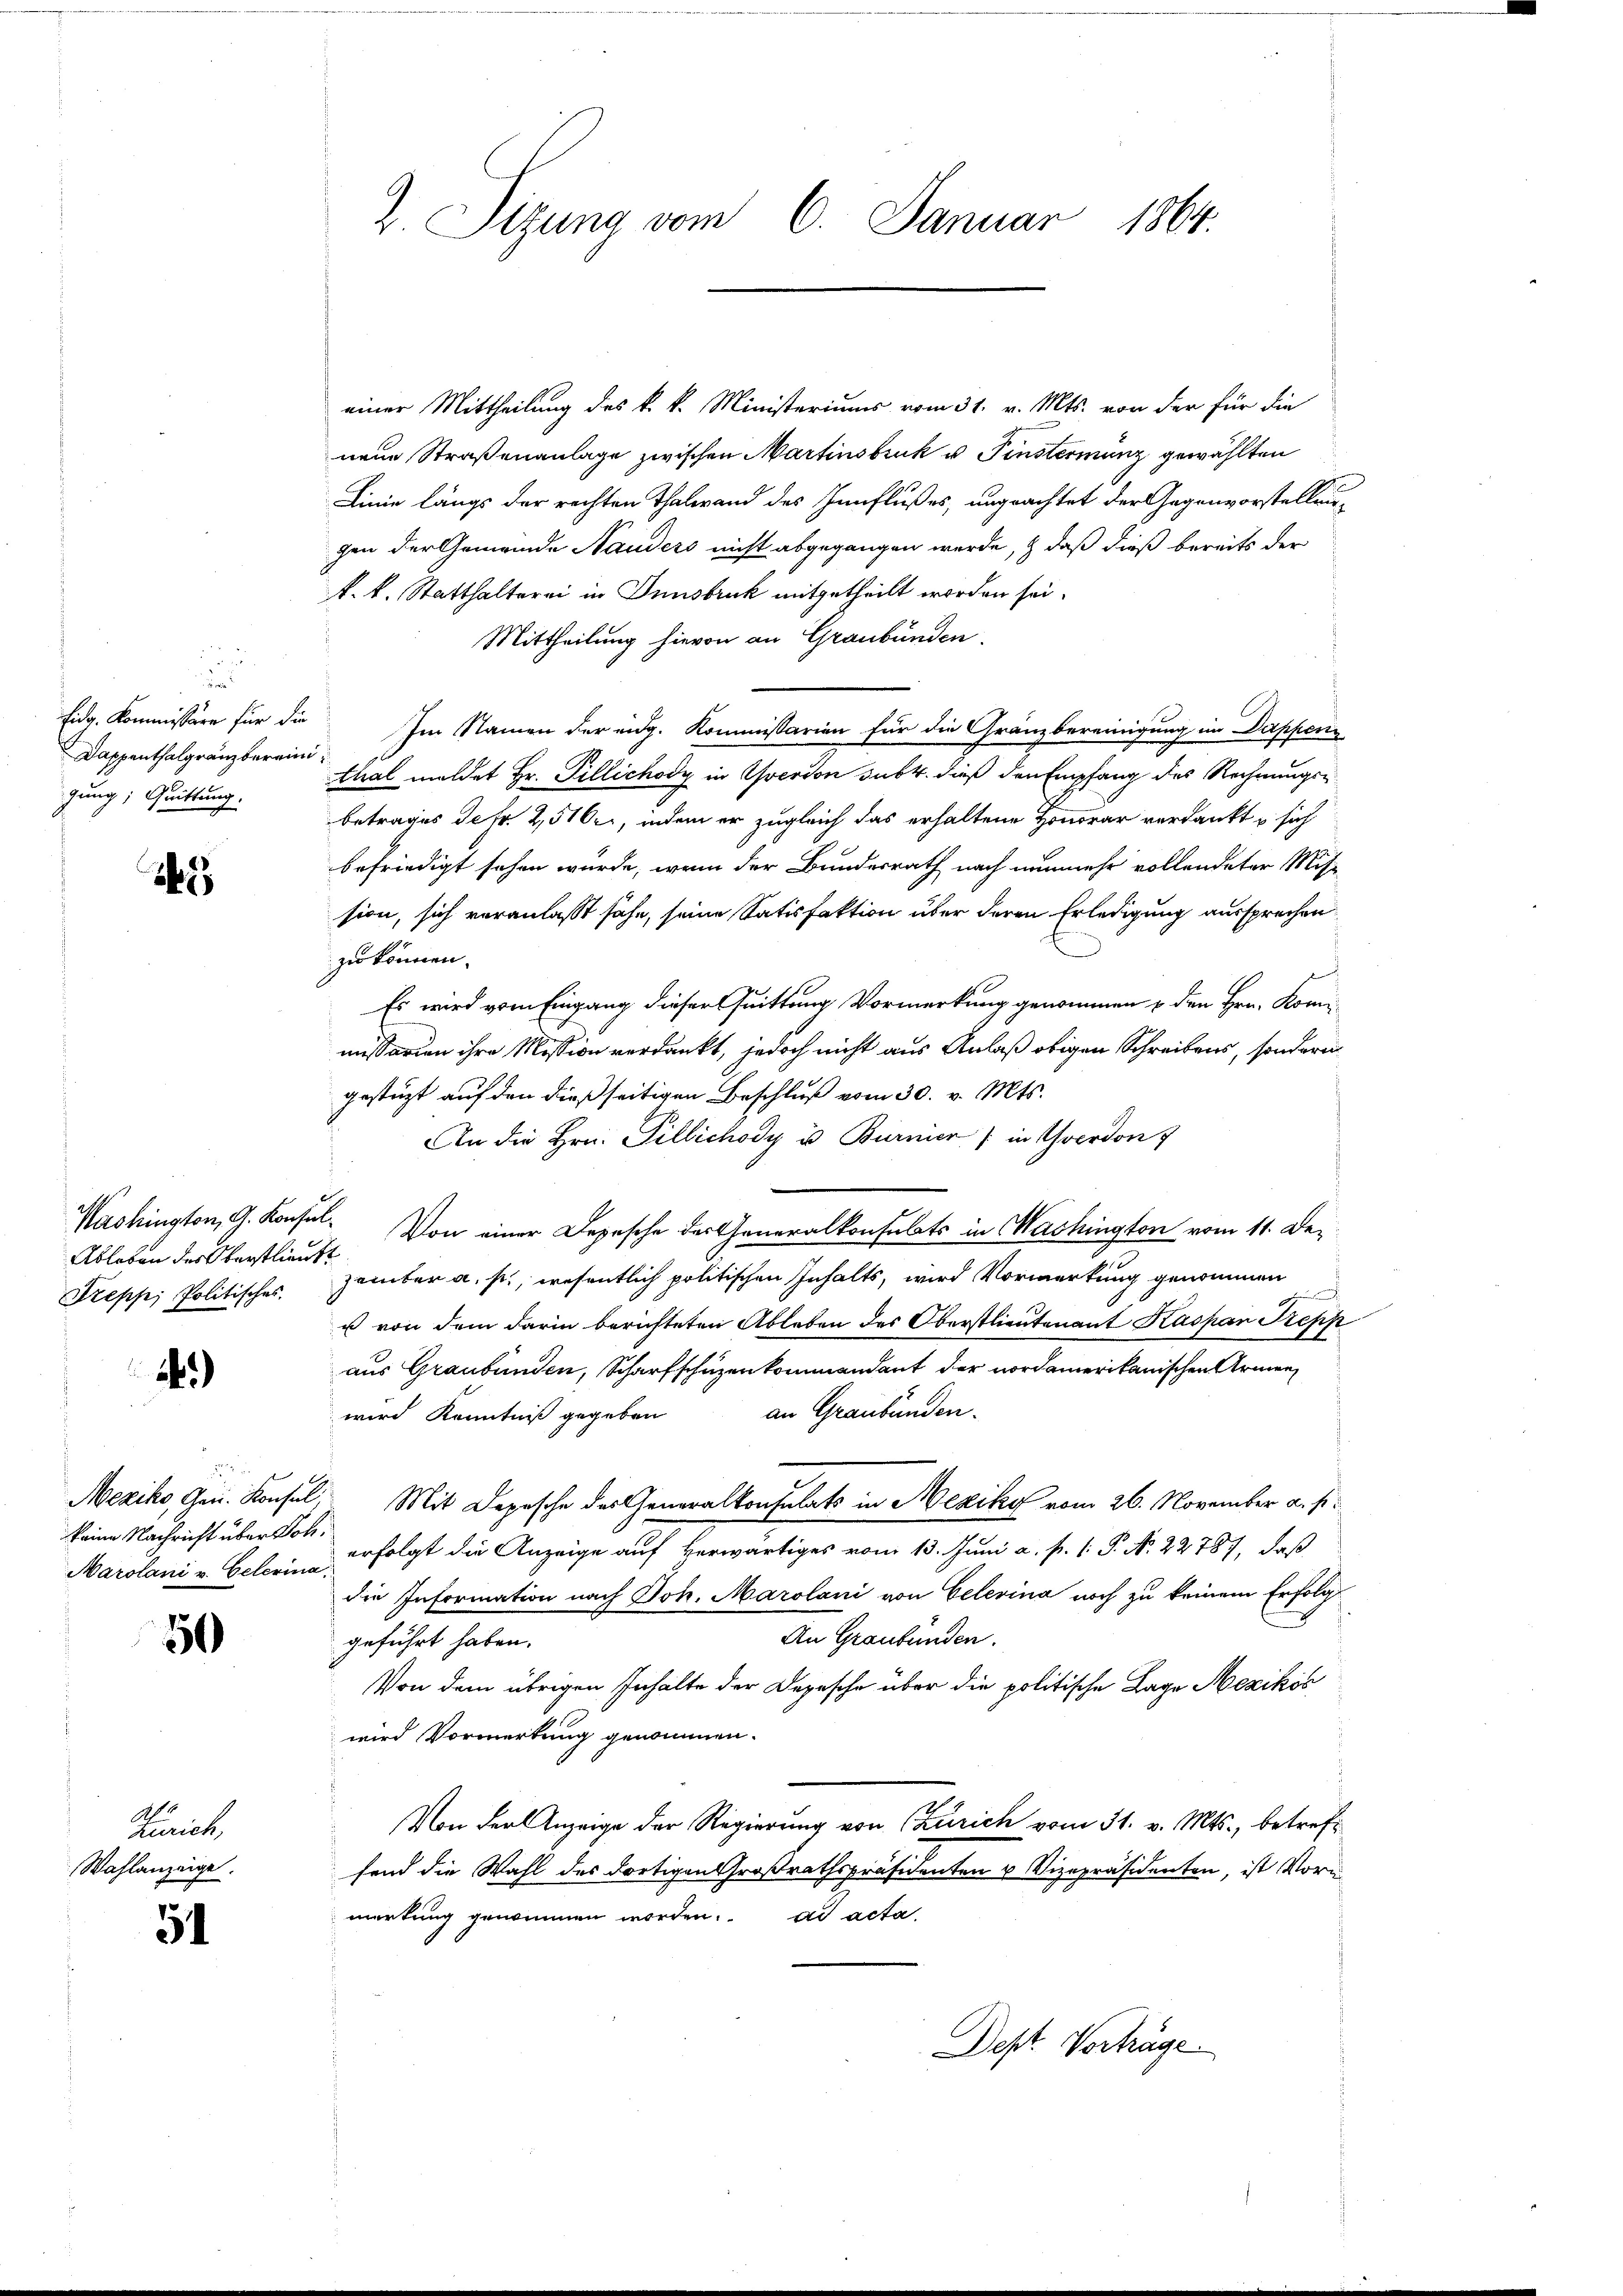
u
Eidg. Kommissäre für die
Dappenthalgränzbereini
gung; Quittung.

1

Ableben des Oberstlieutt
Treppe, Politisches.

)

keine Nachricht über Poli¬
Marolani v. Eclerina

50

Zürich,
Wahlanzeige.

51

2 Sizung vom 6. Januar 1864.

einer Mittheilung des k. k. Ministeriums vom 31. v. Mts. von der für die
nene Straßenanlage zwischen Martinsbruk u. Finstermanz gewählten
Linie längs der rechten Thalwand des Innflußes, ungeachtet der Gegenvorstellung
gen der Gemeinde Stauders nicht abgegangen werde, & daß dieß bereits der
k. k. Statthalterei in Innsbruk mitgetheilt worden sei.
Mittheilung hievon an Graubünden.
Im Namen der eidg. Kommissarien für die Gränzbereinigung im Dapperin
thal meldet Hr. Pillichody in verson sub. dieß den Empfang des Rechnungs-
betrages Febr. 2,516, indem er zugleich das erhaltene Honorar verdankt u sich
befriedigt sehen würde, wenn der Bundesrath nach nunmehr vollendeter Mit-
sion, sich veranlaßt sähe, seine Satisfaktion über deren Erledigung aussprechen
zu können.
Es wird vom Eingang dieser Quittung Vormerkung genommen u den Hrn. Komi
missarien ihre Mission verdankt, jedoch nicht aus Anlaß obigen Schreibens, sondern
gestützt auf den dießseitigen Beschluß vom 30. v. Mts.
An die Hrn. Pillichody u. Burnier / in Yverdon f
Washington, G. Konsel. Von einer Depesche der Generalkonsulats in Washington vom 11. De-
zember a. p., wesentlich politischen Inhalts, wird Vormerkung genommen
u von dem darin berichteten Ableben des Oberstlieutenant Kaspar Trepp
aus Graubünden, Scharfschüzenkommendant der nordamerikanischen Armen
an Graubünden.
wird Kenntniß gegeben
Meziko, Gen. Konsul, Mit Depesche des Generalkonsulats in Mexiko vom 26. November a. p.
erfolgt die Anzeige auf herwärtiges vom 13. Juni a. p. 1. P. No. 22787, daß
die Information nach Joh. Marolani von Gelerina noch zu keinem Erfolg
An Graubünden.
geführt haben.
Von dem übrigen Inhalte der Depesche über die politische Lage Mexikos
wird Vormerkung genommen.
Von der Anzeige der Regierung von Zürich vom 31. v. Mts., betreff
fend die Wahl des dortigen Großrathspräsidenten u Vizepräsidenten, ist Vorn
merkung genommen worden. ad acta.
Dept. Vorträge